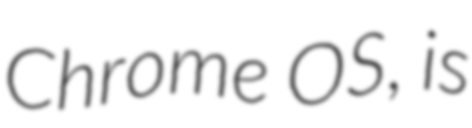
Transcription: Chrome OS, is